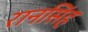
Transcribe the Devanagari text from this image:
रानसिंह